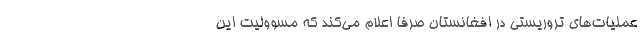
عمليات‌هاي تروريستي در افغانستان صرفا اعلام مي‌كند كه مسووليت اين